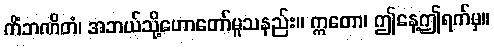
ကိံဘဏိတံ၊ အဘယ်သို့ဟောတော်မူသနည်း။ ဣတော၊ ဤနေ့ဤရက်မှ။